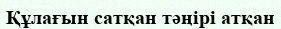
Құлағын сатқан тәңірі атқан